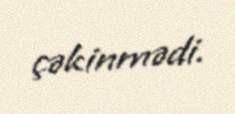
çəkinmədi.